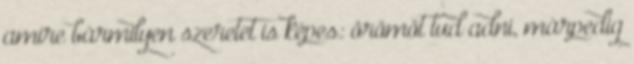
amire bármilyen szeretet is képes: örömöt tud adni, márpedig